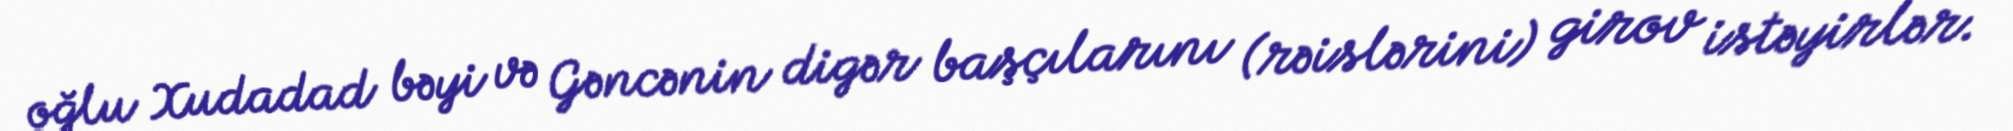
oğlu Xudadad bəyi və Gəncənin digər başçılarını (rəislərini) girov istəyirlər.